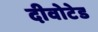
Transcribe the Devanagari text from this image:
दीवोटेड